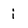
Character: i